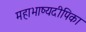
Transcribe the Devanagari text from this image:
महाभाष्यदीपिका